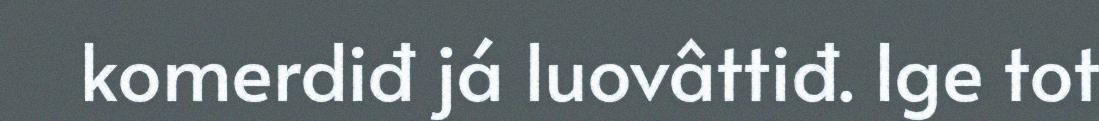
komerdiđ já luovâttiđ. Ige tot